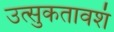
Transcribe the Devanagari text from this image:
उत्‍सुकतावशं